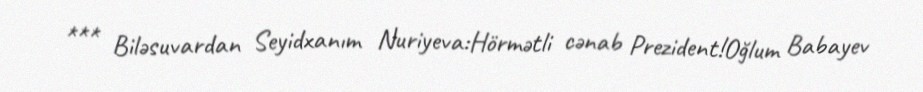
*** Biləsuvardan Seyidxanım Nuriyeva:Hörmətli cənab Prezident!Oğlum Babayev